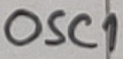
Text: OSC1